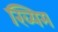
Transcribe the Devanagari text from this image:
ख्यिम